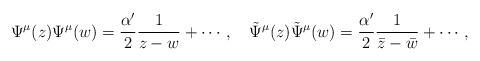
\begin{align*}\Psi^\mu (z) \Psi^\mu (w) = \frac{\alpha'}{2}\frac{1}{z-w} + \cdots\, ,\quad\tilde\Psi^\mu (z) \tilde\Psi^\mu (w) = \frac{\alpha'}{2}\frac{1}{\bar z-\bar w} + \cdots\, ,\end{align*}